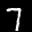
Label: 7